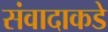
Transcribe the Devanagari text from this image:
संवादाकडे